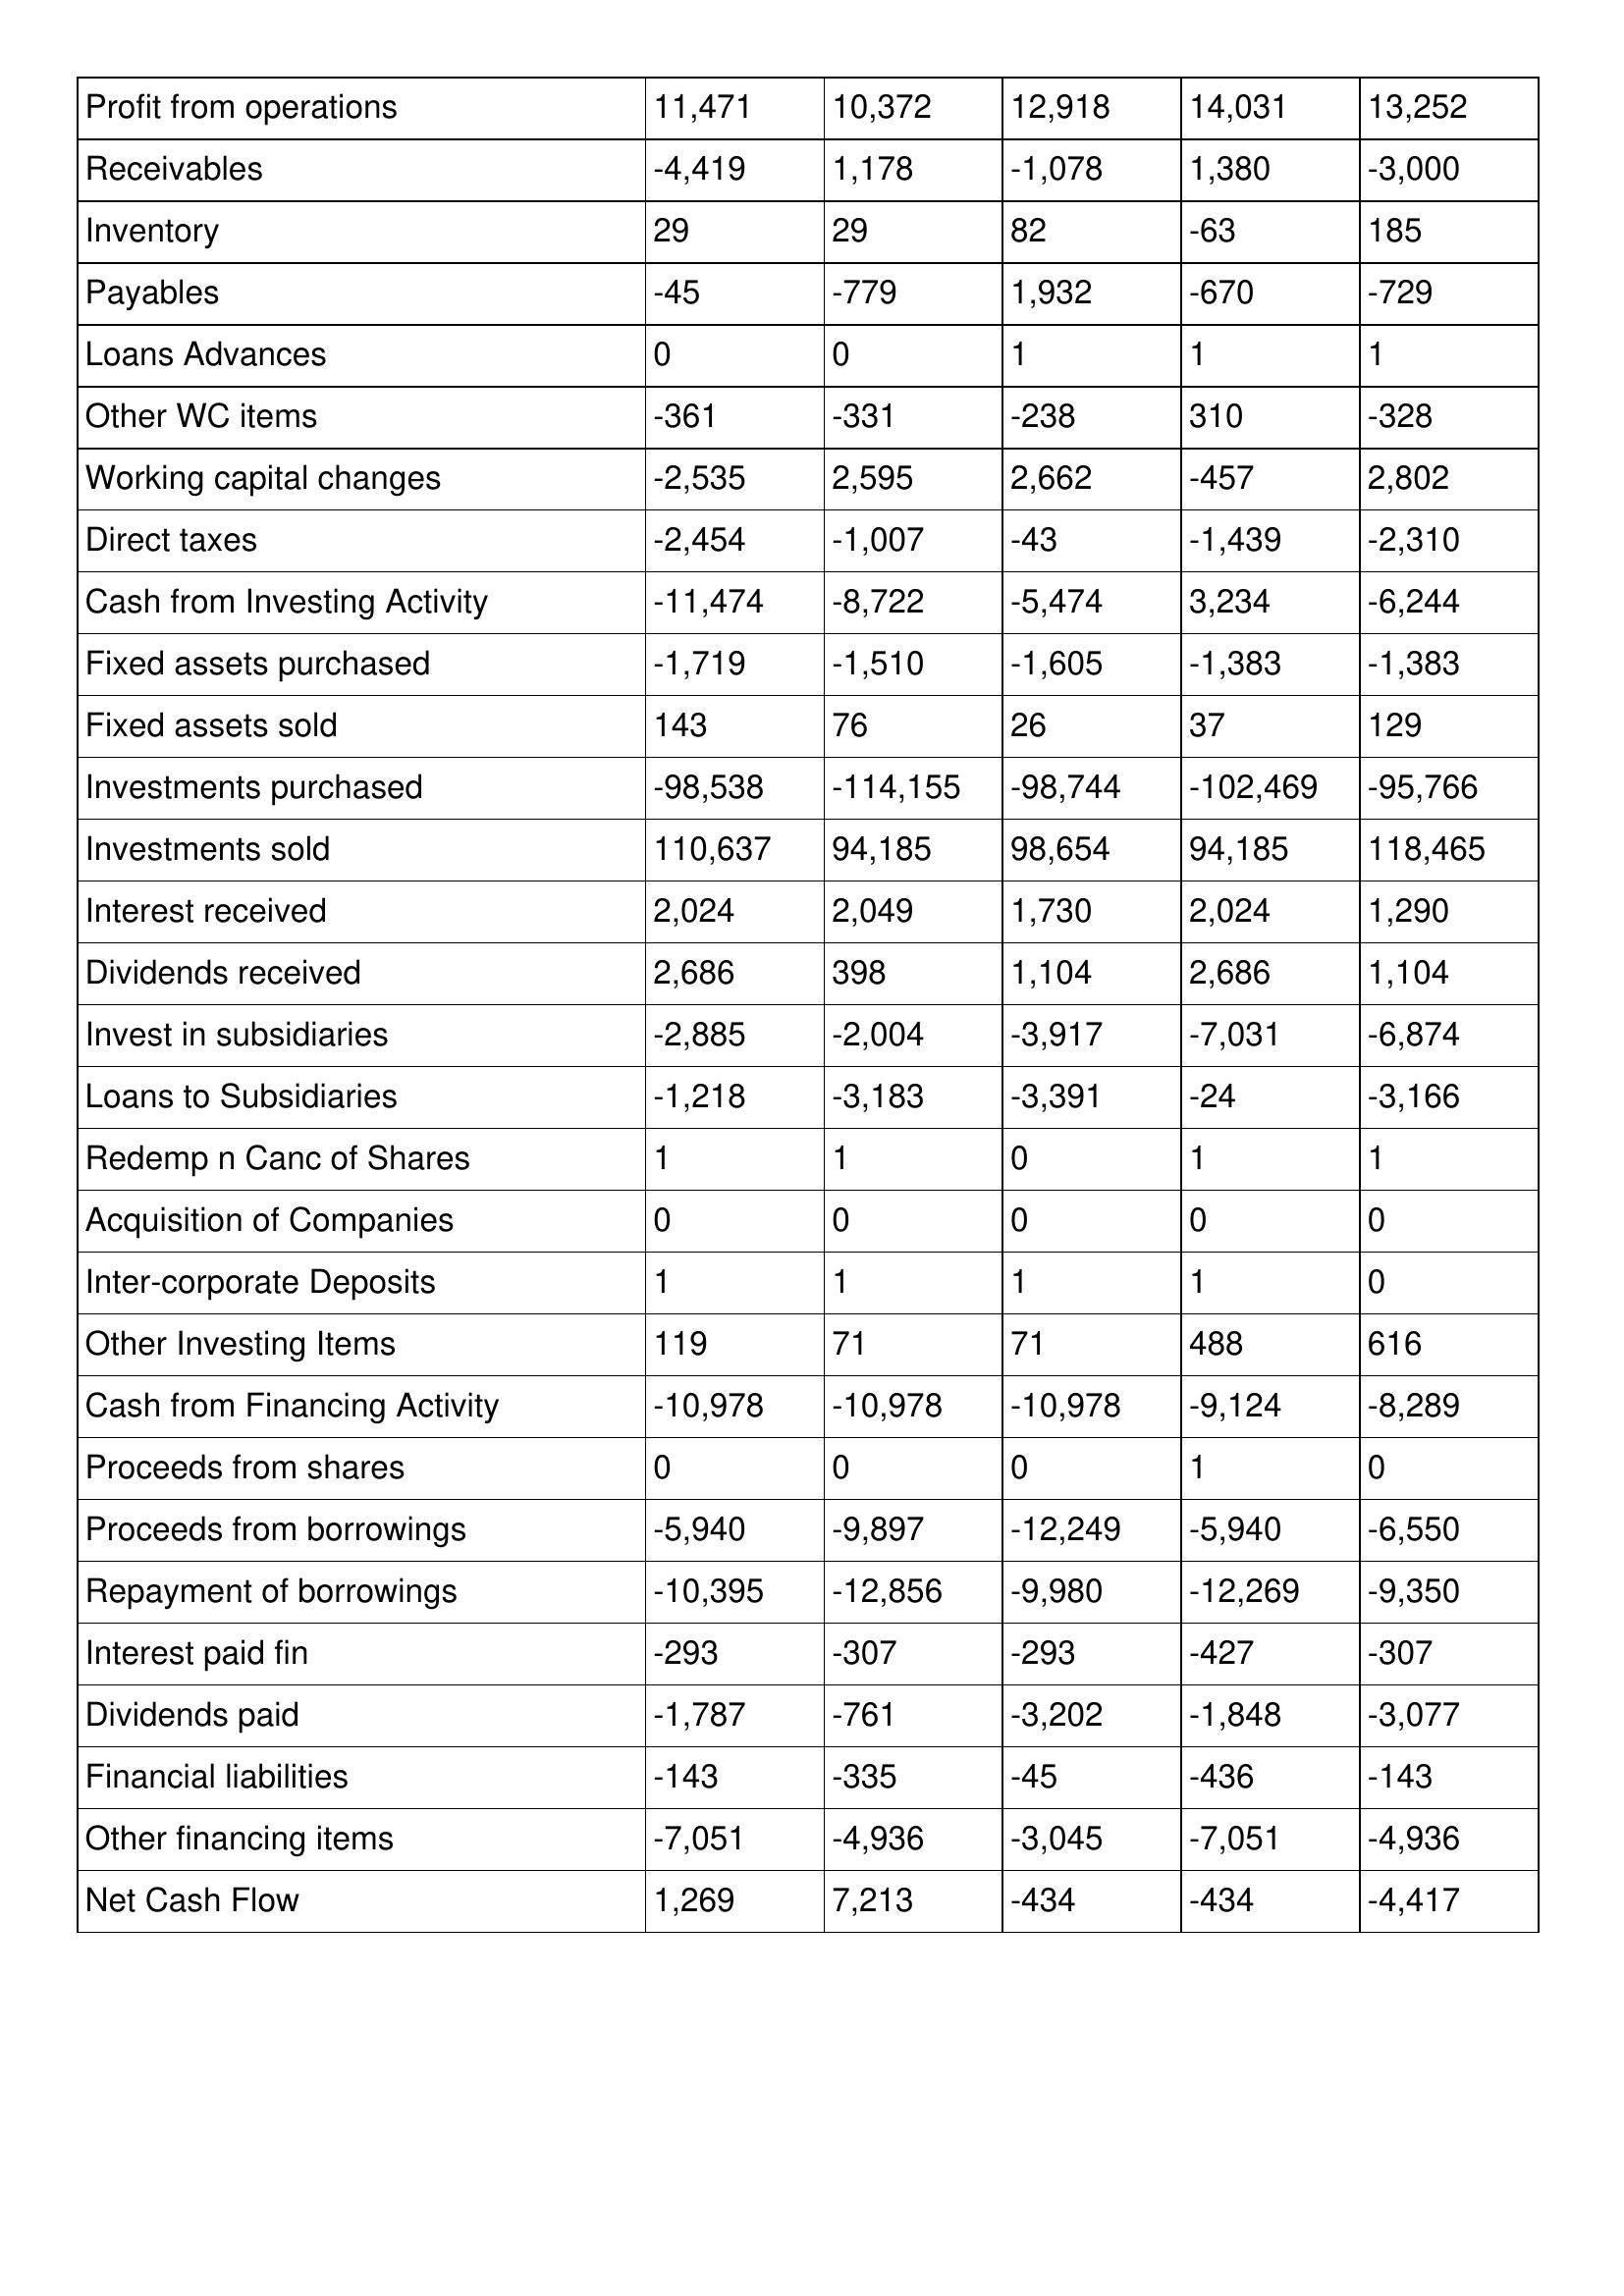
gt_parse: 2018: Cash Flows: Profit from operations: 11,471
Receivables: -4,419
Inventory: 29
Payables: -45
Loans Advances: 0
Other WC items: -361
Working capital changes: -2,535
Direct taxes: -2,454
Cash from Investing Activity: -11,474
Fixed assets purchased: -1,719
Fixed assets sold: 143
Investments purchased: -98,538
Investments sold: 110,637
Interest received: 2,024
Dividends received: 2,686
Invest in subsidiaries: -2,885
Loans to Subsidiaries: -1,218
Redemp n Canc of Shares: 1
Acquisition of Companies: 0
Inter-corporate Deposits: 1
Other Investing Items: 119
Cash from Financing Activity: -10,978
Proceeds from shares: 0
Proceeds from borrowings: -5,940
Repayment of borrowings: -10,395
Interest paid fin: -293
Dividends paid: -1,787
Financial liabilities: -143
Other financing items: -7,051
Net Cash Flow: 1,269
2017: Cash Flows: Profit from operations: 10,372
Receivables: 1,178
Inventory: 29
Payables: -779
Loans Advances: 0
Other WC items: -331
Working capital changes: 2,595
Direct taxes: -1,007
Cash from Investing Activity: -8,722
Fixed assets purchased: -1,510
Fixed assets sold: 76
Investments purchased: -114,155
Investments sold: 94,185
Interest received: 2,049
Dividends received: 398
Invest in subsidiaries: -2,004
Loans to Subsidiaries: -3,183
Redemp n Canc of Shares: 1
Acquisition of Companies: 0
Inter-corporate Deposits: 1
Other Investing Items: 71
Cash from Financing Activity: -10,978
Proceeds from shares: 0
Proceeds from borrowings: -9,897
Repayment of borrowings: -12,856
Interest paid fin: -307
Dividends paid: -761
Financial liabilities: -335
Other financing items: -4,936
Net Cash Flow: 7,213
2016: Cash Flows: Profit from operations: 12,918
Receivables: -1,078
Inventory: 82
Payables: 1,932
Loans Advances: 1
Other WC items: -238
Working capital changes: 2,662
Direct taxes: -43
Cash from Investing Activity: -5,474
Fixed assets purchased: -1,605
Fixed assets sold: 26
Investments purchased: -98,744
Investments sold: 98,654
Interest received: 1,730
Dividends received: 1,104
Invest in subsidiaries: -3,917
Loans to Subsidiaries: -3,391
Redemp n Canc of Shares: 0
Acquisition of Companies: 0
Inter-corporate Deposits: 1
Other Investing Items: 71
Cash from Financing Activity: -10,978
Proceeds from shares: 0
Proceeds from borrowings: -12,249
Repayment of borrowings: -9,980
Interest paid fin: -293
Dividends paid: -3,202
Financial liabilities: -45
Other financing items: -3,045
Net Cash Flow: -434
2015: Cash Flows: Profit from operations: 14,031
Receivables: 1,380
Inventory: -63
Payables: -670
Loans Advances: 1
Other WC items: 310
Working capital changes: -457
Direct taxes: -1,439
Cash from Investing Activity: 3,234
Fixed assets purchased: -1,383
Fixed assets sold: 37
Investments purchased: -102,469
Investments sold: 94,185
Interest received: 2,024
Dividends received: 2,686
Invest in subsidiaries: -7,031
Loans to Subsidiaries: -24
Redemp n Canc of Shares: 1
Acquisition of Companies: 0
Inter-corporate Deposits: 1
Other Investing Items: 488
Cash from Financing Activity: -9,124
Proceeds from shares: 1
Proceeds from borrowings: -5,940
Repayment of borrowings: -12,269
Interest paid fin: -427
Dividends paid: -1,848
Financial liabilities: -436
Other financing items: -7,051
Net Cash Flow: -434
2014: Cash Flows: Profit from operations: 13,252
Receivables: -3,000
Inventory: 185
Payables: -729
Loans Advances: 1
Other WC items: -328
Working capital changes: 2,802
Direct taxes: -2,310
Cash from Investing Activity: -6,244
Fixed assets purchased: -1,383
Fixed assets sold: 129
Investments purchased: -95,766
Investments sold: 118,465
Interest received: 1,290
Dividends received: 1,104
Invest in subsidiaries: -6,874
Loans to Subsidiaries: -3,166
Redemp n Canc of Shares: 1
Acquisition of Companies: 0
Inter-corporate Deposits: 0
Other Investing Items: 616
Cash from Financing Activity: -8,289
Proceeds from shares: 0
Proceeds from borrowings: -6,550
Repayment of borrowings: -9,350
Interest paid fin: -307
Dividends paid: -3,077
Financial liabilities: -143
Other financing items: -4,936
Net Cash Flow: -4,417